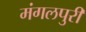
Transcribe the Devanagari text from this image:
मंगलपुरी